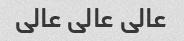
عالی عالی عالی